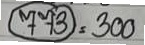
(773) = 300